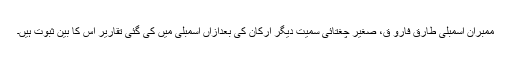
ممبران اسمبلی طارق فارو ق، صغیر چغتائی سمیت دیگر ارکان کی بعدازاں اسمبلی میں کی گئی تقاریر اس کا بین ثبوت ہیں۔